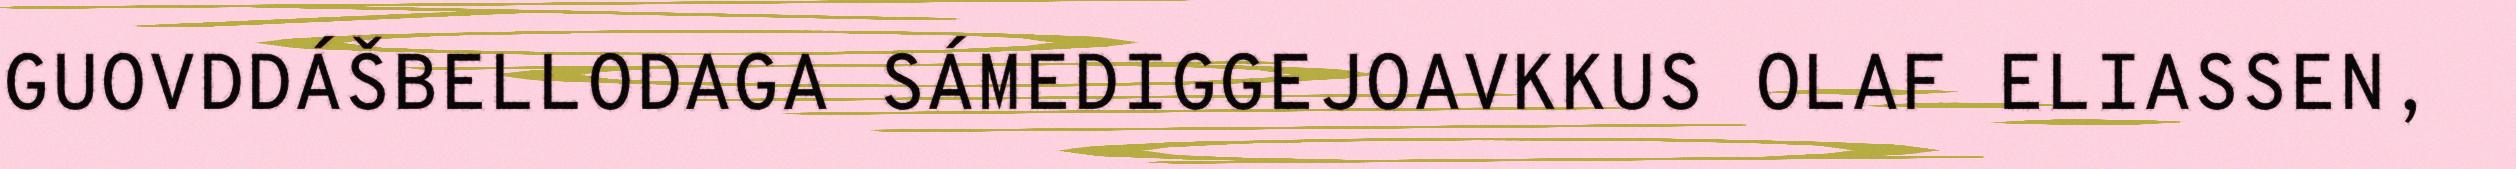
GUOVDDÁŠBELLODAGA SÁMEDIGGEJOAVKKUS OLAF ELIASSEN,